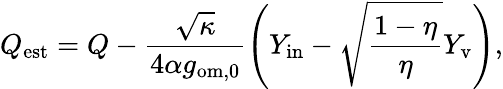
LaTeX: Q_{\mathrm{est}}=Q-\frac{\sqrt{\kappa}}{4\alpha g_{\mathrm{om},0}}\left(Y_{\mathrm{in}}-\sqrt{\frac{1-\eta}{\eta}}Y_{\mathrm{v}}\right),